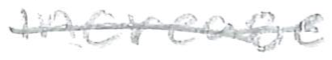
Text: increase
Cross-out: single-line
Writing tool: pencil